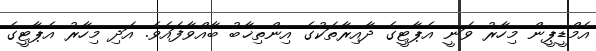
އެމްޑީޕީން މިހާރު ވަނީ އެޕާޓީގެ ދާއިރާތަކުގެ އިންތިޚާބު ބާއްވާފައެވެ. އަދި މިހާރު އެޕާޓީގެ